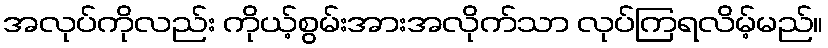
အလုပ်ကိုလည်း ကိုယ့်စွမ်းအားအလိုက်သာ လုပ်ကြရလိမ့်မည်။